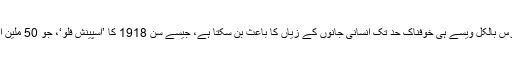
سائنسدانوں کا خیال ہے کہ یہ وائرس بالکل ویسے ہی خوفناک حد تک انسانی جانوں کے زیاں کا باعث بن سکتا ہے، جیسے سن 1918 کا ’اسپینش فلو‘، جو 50 ملین انسانوں کی ہلاکت کا باعث بنا تھا۔